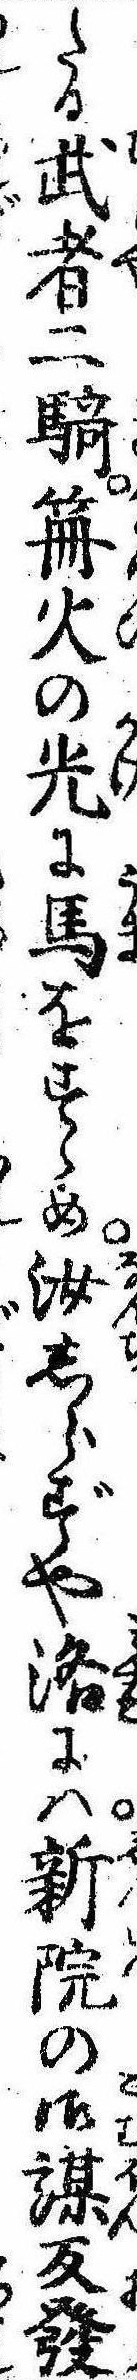
たる武者二騎笧火の光に馬をすゝめ汝しらずや洛には新院の御謀反発